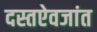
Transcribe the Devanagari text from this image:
दस्तऐवजांत